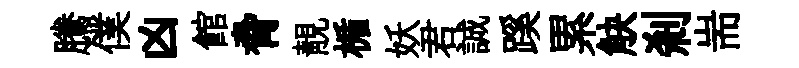
騰僕凶館脅靚楯妖君誠蹊累觖剎耑